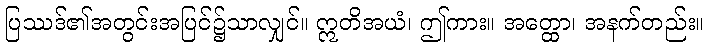
ပြဿဒ်၏အတွင်းအပြင်၌သာလျှင်။ ဣတိအယံ၊ ဤကား။ အတ္ထော၊ အနက်တည်း။